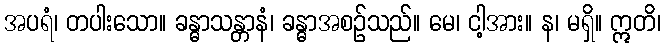
အပရံ၊ တပါးသော။ ခန္ဓာသန္တာနံ၊ ခန္ဓာအစဉ်သည်။ မေ၊ ငါ့အား။ န၊ မရှိ။ ဣတိ၊